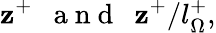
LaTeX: \mathbf{z}^{+}~~\mathrm{{~a~n~d~}}~~\mathbf{z}^{+}/l_{\Omega}^{+},